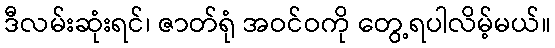
ဒီလမ်းဆုံးရင်၊ ဇာတ်ရုံ အဝင်ဝကို တွေ့ရပါလိမ့်မယ်။